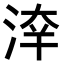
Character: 𣷟